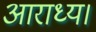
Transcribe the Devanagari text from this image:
आराध्य।